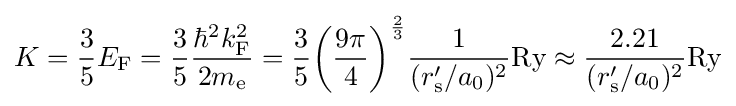
K={\frac {3}{5}}E_{\rm {F}}={\frac {3}{5}}{\frac {\hbar ^{2}k_{\rm {F}}^{2}}{2m_{\rm {e}}}}={\frac {3}{5}}{\biggl (}{\frac {9\pi }{4}}{\biggr )}^{\frac {2}{3}}{\frac {1}{(r'_{\rm {s}}/a_{0})^{2}}}{\textrm {Ry}}\approx {\frac {2.21}{(r'_{\rm {s}}/a_{0})^{2}}}{\textrm {Ry}}